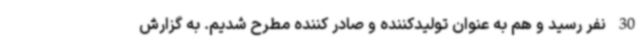
30 نفر رسید و هم به عنوان تولیدکننده و صادر کننده مطرح شدیم. به گزارش